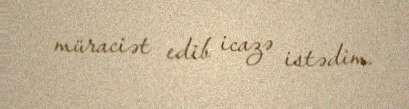
müraciət edib icazə istədim.